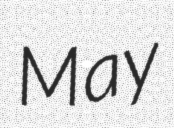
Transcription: May